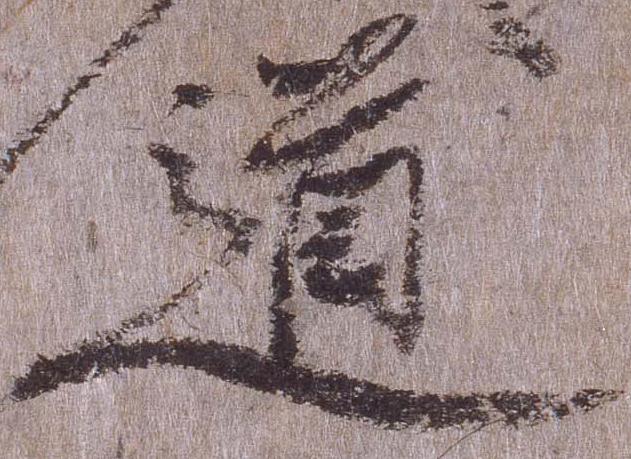
道